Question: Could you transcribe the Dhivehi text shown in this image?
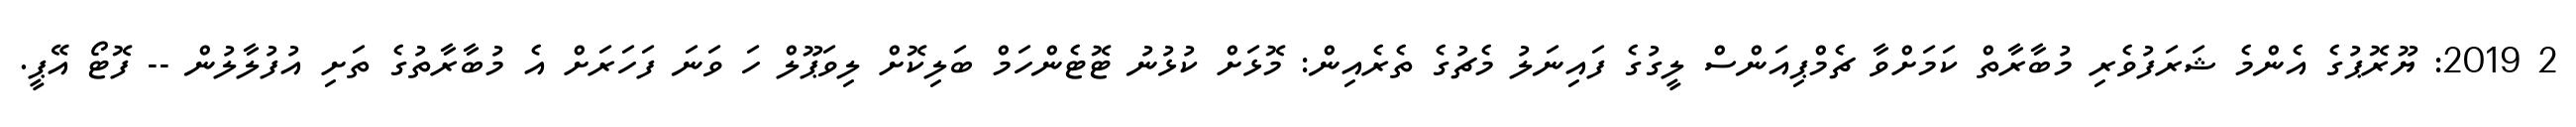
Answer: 2 2019: ޔޫރޮޕުގެ އެންމެ ޝަރަފުވެރި މުބާރާތް ކަމަށްވާ ޗެމްޕިއަންސް ލީގުގެ ފައިނަލު މެޗުގެ ތެރެއިން: މޮޅަށް ކުޅުނު ޓޮޓެންހަމް ބަލިކޮށް ލިވަޕޫލް ހަ ވަނަ ފަހަރަށް އެ މުބާރާތުގެ ތަށި އުފުލާލުން -- ފޮޓޯ އޭޕީ.